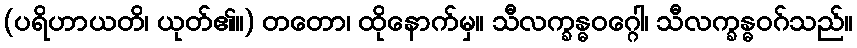
(ပရိဟာယတိ၊ ယုတ်၏။) တတော၊ ထိုနောက်မှ။ သီလက္ခန္ဓဝဂ္ဂေါ၊ သီလက္ခန္ဓဝဂ်သည်။